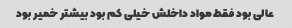
عالی بود فقط مواد داخلش خیلی کم بود بیشتر خمیر بود